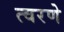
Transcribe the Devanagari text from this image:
त्वरणे